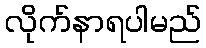
လိုက်နာရပါမည်